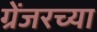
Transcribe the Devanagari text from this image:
ग्रेंजरच्या